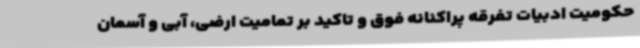
حکومیت ادبیات تفرقه پراکنانه فوق و تاکید بر تمامیت ارضی، آبی و آسمان